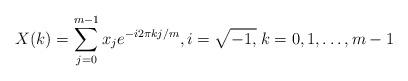
LaTeX: \begin{align*}X(k) = \sum\limits_{j = 0}^{m - 1} {x_j e^{ - i2\pi kj/m} } ,i = \sqrt { - 1,} {\kern 1pt} {\kern 1pt} {\kern 1pt} k = 0,1, \ldots ,m - 1 \end{align*}